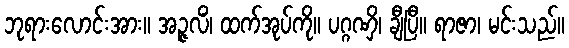
ဘုရားလောင်းအား။ အဉ္ဇလိံ၊ ထက်အုပ်ကို။ ပဂ္ဂဏှိ၊ ချီပြီ။ ရာဇာ၊ မင်းသည်။